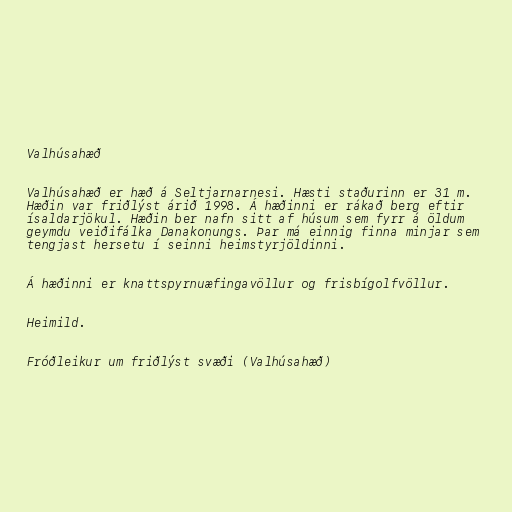
Valhúsahæð

Valhúsahæð er hæð á Seltjarnarnesi. Hæsti staðurinn er 31 m.
Hæðin var friðlýst árið 1998. Á hæðinni er rákað berg eftir
ísaldarjökul. Hæðin ber nafn sitt af húsum sem fyrr á öldum
geymdu veiðifálka Danakonungs. Þar má einnig finna minjar sem
tengjast hersetu í seinni heimstyrjöldinni.

Á hæðinni er knattspyrnuæfingavöllur og frisbígolfvöllur.

Heimild.

Fróðleikur um friðlýst svæði (Valhúsahæð)